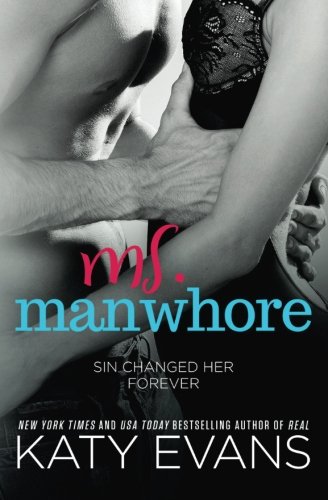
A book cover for Ms. Manwhore (Manwhore series ) (Volume 3); Katy Evans; Romance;